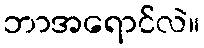
ဘာအရောင်လဲ။